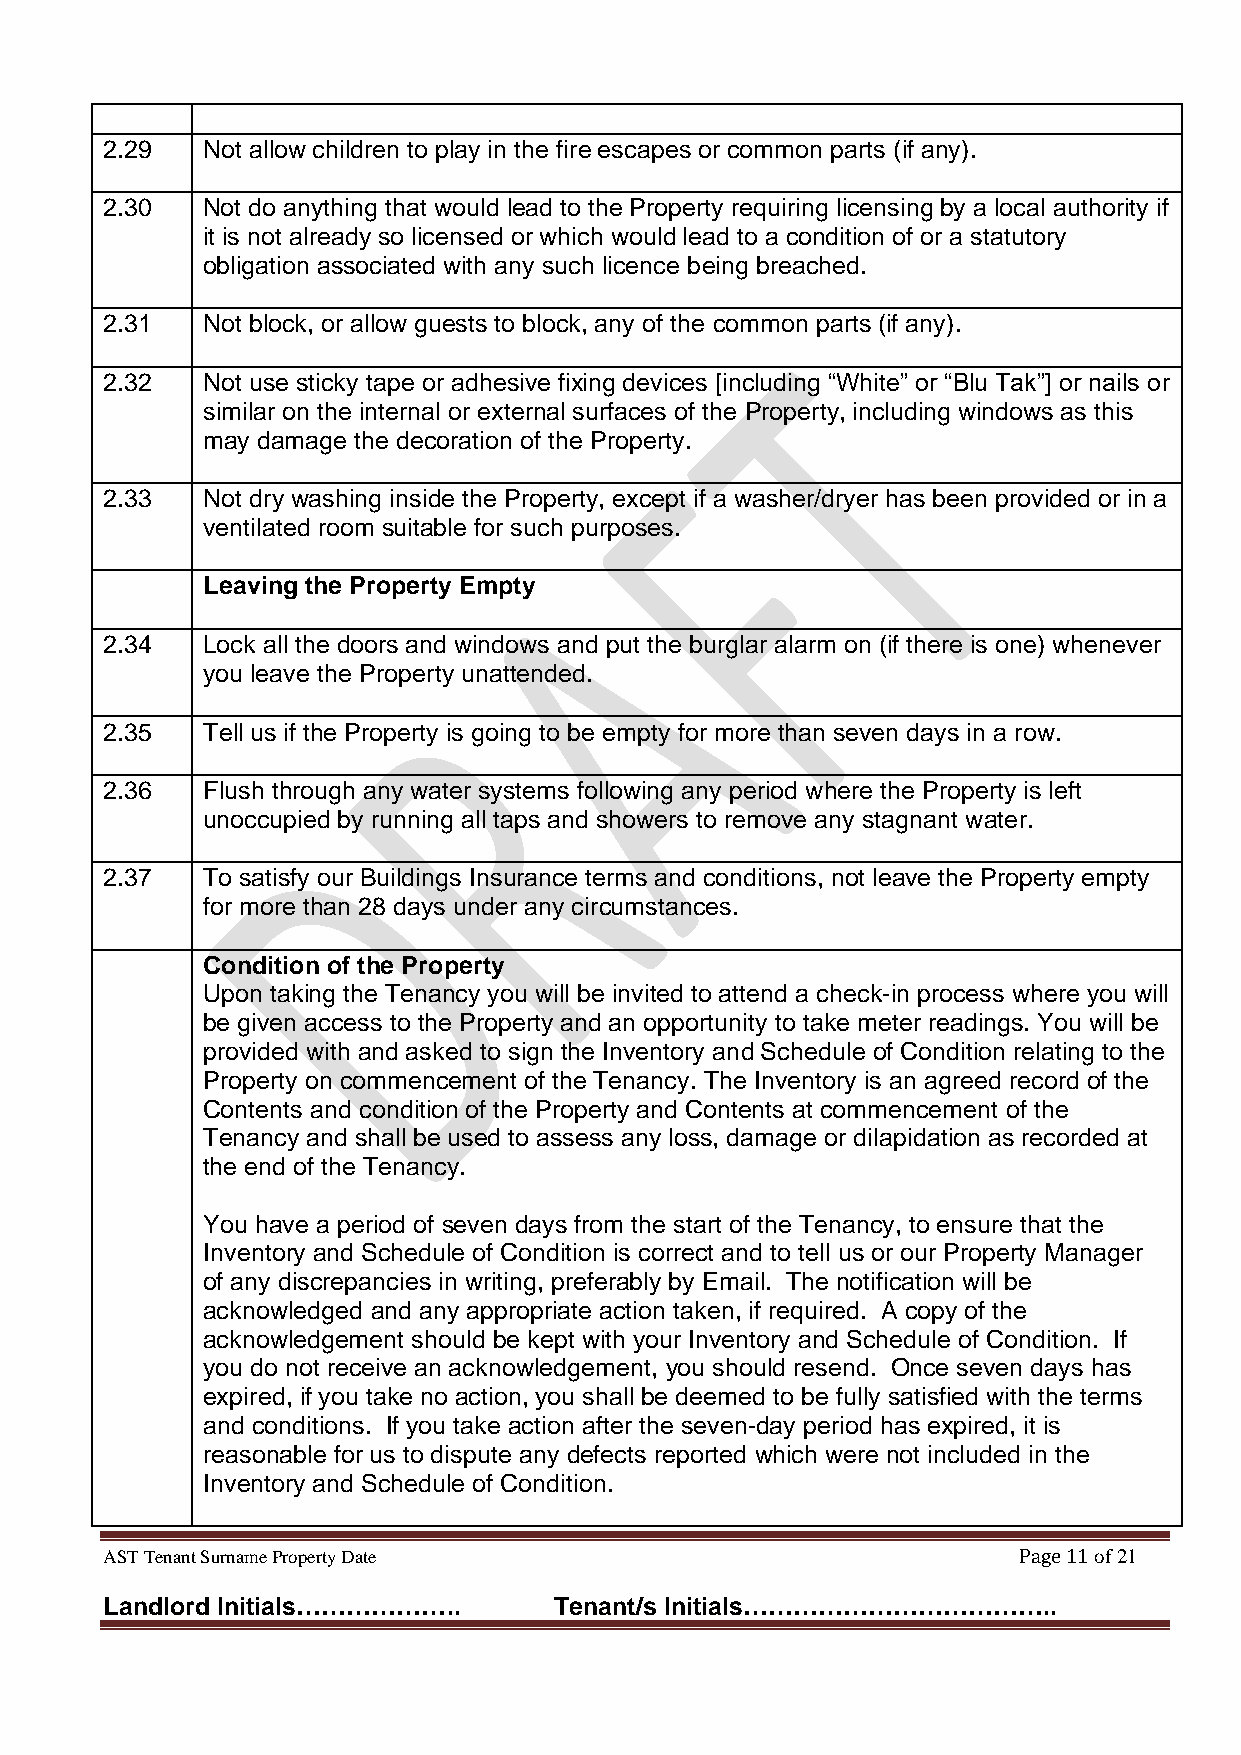
2.29  Not allow children to play in the fire escapes or common parts (if any).
 2.30  Not do anything that would lead to the Property requiring licensing by a local authority if
 it is not already so licensed or which would lead to a condition of or a statutory
 obligation associated with any such licence being breached.
 2.31  Not block, or allow guests to block, any of the common parts (if any).
 2.32  Not use sticky tape or adhesive fixing devices [including “White” or “Blu Tak”] or nails or
 similar on the internal or external surfaces of the Property, including windows as this
 may damage the decoration of the Property.
 2.33  Not dry washing inside the Property, except if a washer/dryer has been provided or in a
 ventilated room suitable for such purposes.
 Leaving the Property Empty
 2.34  Lock all the doors and windows and put the burglar alarm on (if there is one) whenever
 you leave the Property unattended.
 2.35  Tell us if the Property is going to be empty for more than seven days in a row.
 2.36  Flush through any water systems following any period where the Property is left
 unoccupied by running all taps and showers to remove any stagnant water.
 2.37  To satisfy our Buildings Insurance terms and conditions, not leave the Property empty
 for more than 28 days under any circumstances.
 Condition of the Property
 Upon taking the Tenancy you will be invited to attend a check-in process where you will
 be given access to the Property and an opportunity to take meter readings. You will be
 provided with and asked to sign the Inventory and Schedule of Condition relating to the
 Property on commencement of the Tenancy. The Inventory is an agreed record of the
 Contents and condition of the Property and Contents at commencement of the
 Tenancy and shall be used to assess any loss, damage or dilapidation as recorded at
 the end of the Tenancy.
 You have a period of seven days from the start of the Tenancy, to ensure that the
 Inventory and Schedule of Condition is correct and to tell us or our Property Manager
 of any discrepancies in writing, preferably by Email. The notification will be
 acknowledged and any appropriate action taken, if required. A copy of the
 acknowledgement should be kept with your Inventory and Schedule of Condition. If
 you do not receive an acknowledgement, you should resend. Once seven days has
 expired, if you take no action, you shall be deemed to be fully satisfied with the terms
 and conditions. If you take action after the seven-day period has expired, it is
 reasonable for us to dispute any defects reported which were not included in the
 Inventory and Schedule of Condition.
 AST Tenant Surname Property Date                            Page 11 of 21
 Landlord Initials………………..     Tenant/s Initials………………………………..